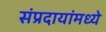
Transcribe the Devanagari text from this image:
संप्रदायांमध्ये